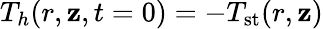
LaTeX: T_{h}(r,\mathbf{z},t=0)=-T_{\textrm{{st}}}(r,\mathbf{z})